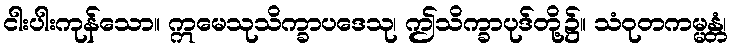
ငါးပါးကုန်သော။ ဣမေသုသိက္ခာပဒေသု၊ ဤသိက္ခာပုဒ်တို့၌။ သံဝုတကမ္မန္တံ၊